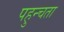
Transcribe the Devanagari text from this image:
पहुन्चता